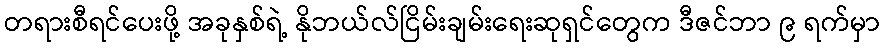
တရားစီရင်ပေးဖို့ အခုနှစ်ရဲ့ နိုဘယ်လ်ငြိမ်းချမ်းရေးဆုရှင်တွေက ဒီဇင်ဘာ ၉ ရက်မှာ